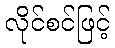
လိုင်စင်ဖြင့်